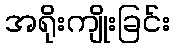
အရိုးကျိုးခြင်း